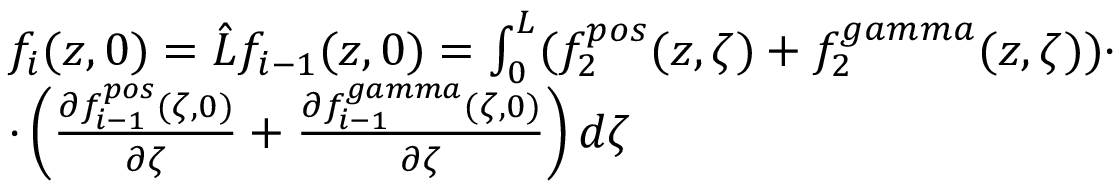
\begin{array} { r l } & { f _ { i } ( z , 0 ) = \Hat { L } f _ { i - 1 } ( z , 0 ) = \int _ { 0 } ^ { L } ( f _ { 2 } ^ { p o s } ( z , \zeta ) + f _ { 2 } ^ { g a m m a } ( z , \zeta ) ) \cdot } \\ & { \cdot \left( \frac { \partial f _ { i - 1 } ^ { p o s } ( \zeta , 0 ) } { \partial \zeta } + \frac { \partial f _ { i - 1 } ^ { g a m m a } ( \zeta , 0 ) } { \partial \zeta } \right) d \zeta } \end{array}